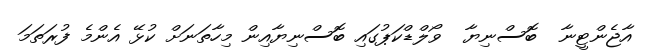
އާޖެންޓީނާ  ބޮސްނިޔާ  ވޯލްޑްކަޕުގައި ބޮސްނިޔާއިން މިހާތަނަށް ކުޅޭ އެންމެ ފުރަތަމަ